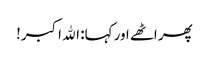
پھر اٹھے اور کہا: الله اکبر!